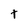
Character: t